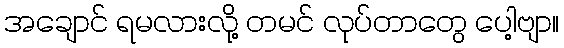
အချောင် ရမလားလို့ တမင် လုပ်တာတွေ ပေါ့ဗျာ။